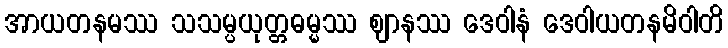
အာယတနမဿ သသမ္ပယုတ္တဓမ္မဿ ဈာနဿ ဒေဝါနံ ဒေဝါယတနမိဝါတိ